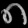
Digit: ၈